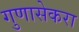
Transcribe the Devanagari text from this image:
गुणासेकरा